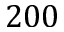
2 0 0